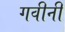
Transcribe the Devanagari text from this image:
गवीनी